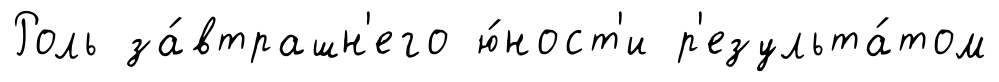
Роль за́втрашн'его ю́ност'и р'езульта́том